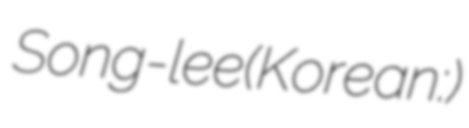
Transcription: Song-lee(Korean:진송이)